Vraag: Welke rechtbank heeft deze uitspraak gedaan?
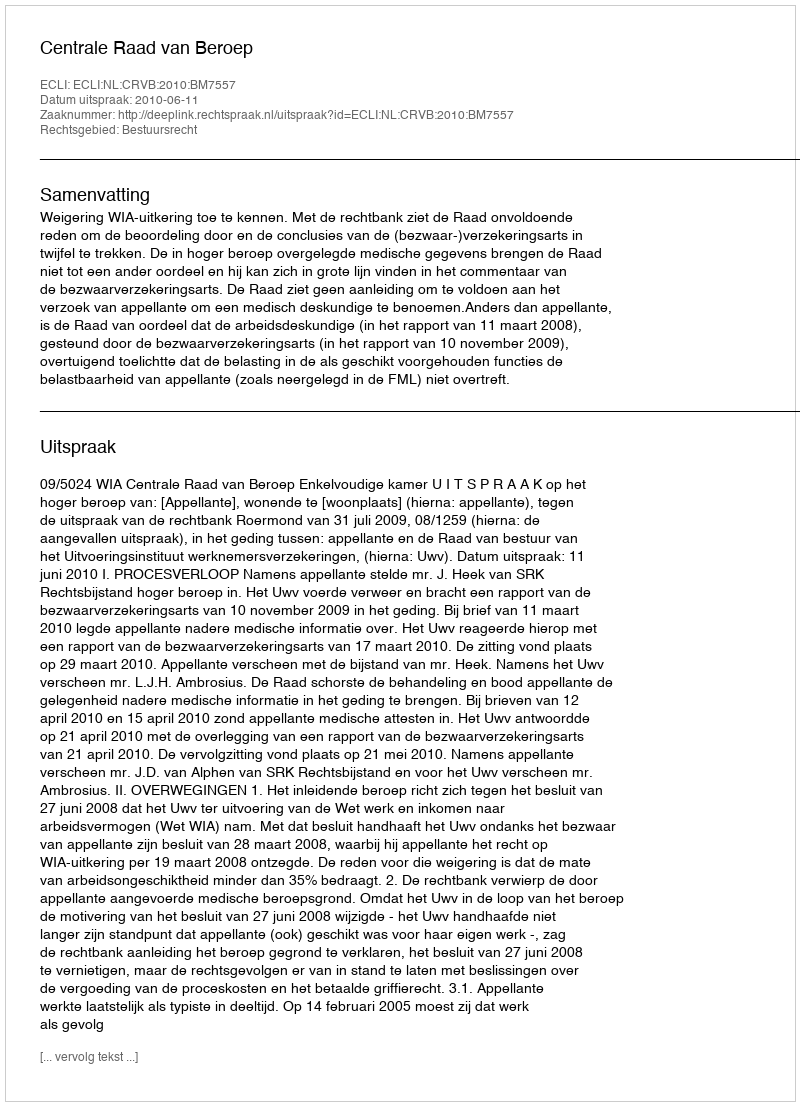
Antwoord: Centrale Raad van Beroep